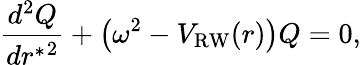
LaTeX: {\frac{d^{2}Q}{d{r^{*}}^{2}}}+\left(\omega^{2}-V_{\mathrm{RW}}(r)\right)Q=0,